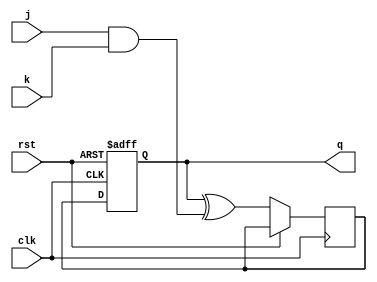
module t_ff_with_jk(
    input clk, // clock input
    input rst, // reset input
    input j, // JK input
    input k, // JK input
    output reg q // output
);

reg t_ff_temp; // intermediate signal for T flip-flop

always @(posedge clk or posedge rst) begin
    if (rst) begin
        q <= 1'b0; // reset state
    end else begin
        t_ff_temp <= q ^ (j & k); // XOR gate based on JK inputs
        q <= t_ff_temp; // update output based on T input
    end
end

endmodule